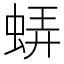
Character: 𧋼